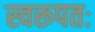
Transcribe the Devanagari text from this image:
स्वरूपतः